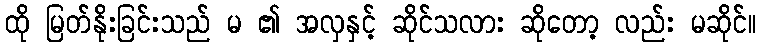
ထို မြတ်နိုးခြင်းသည် မ ၏ အလှနှင့် ဆိုင်သလား ဆိုတော့ လည်း မဆိုင်။